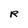
Character: R